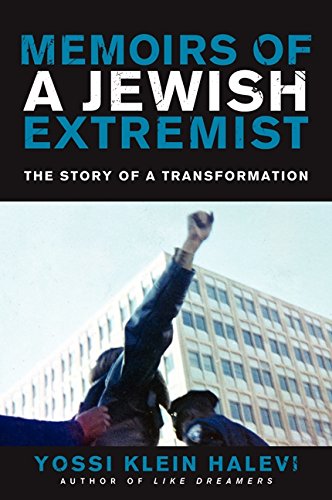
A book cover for Memoirs of a Jewish Extremist: The Story of a Transformation; Yossi Klein Halevi; Biographies & Memoirs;